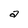
Character: a